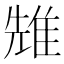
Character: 𨾷